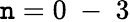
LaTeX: \mathtt{n}=0\mathrm{{~-~}}3